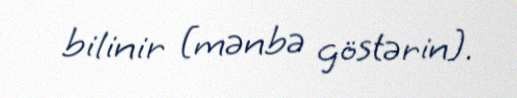
bilinir [mənbə göstərin].